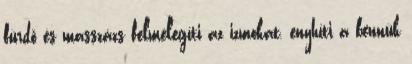
fürdő és masszázs felmelegíti az izmokat, enyhíti a bennük